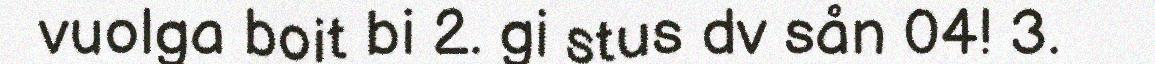
vuolga boit bi 2. gi stus dv sån 04! 3.